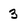
Character: 3